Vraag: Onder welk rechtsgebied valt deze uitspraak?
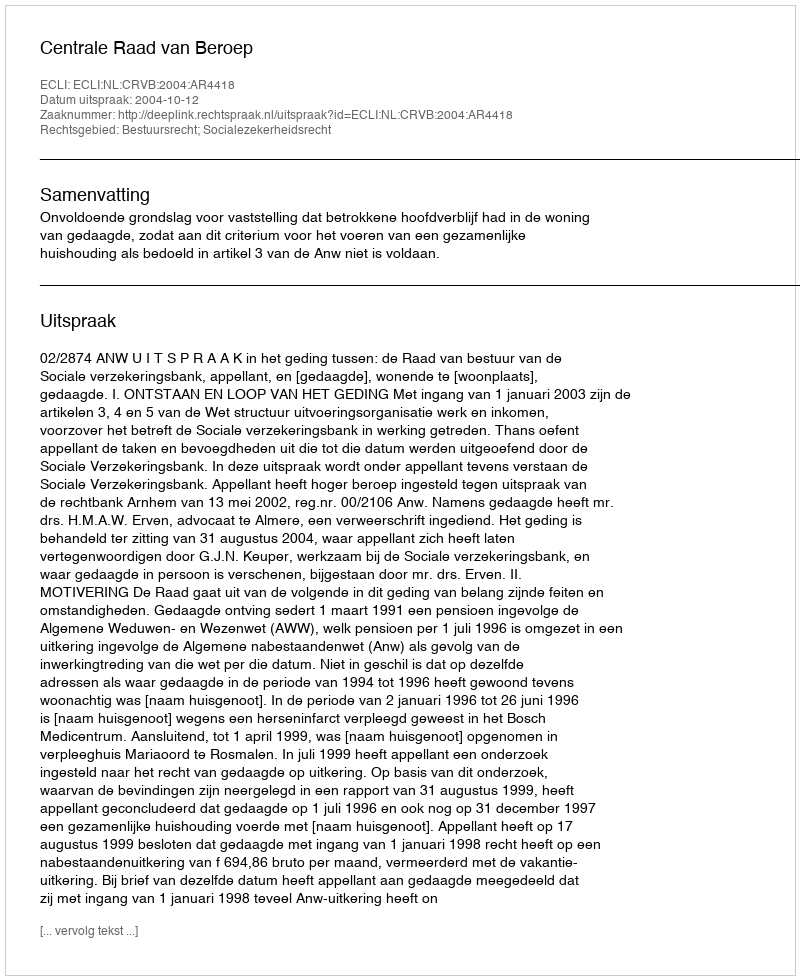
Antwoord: Bestuursrecht; Socialezekerheidsrecht